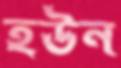
হউন